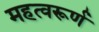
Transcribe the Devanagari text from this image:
महत्वरूर्ण